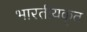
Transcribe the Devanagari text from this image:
भारतीयकृत